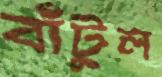
বাঁটুল